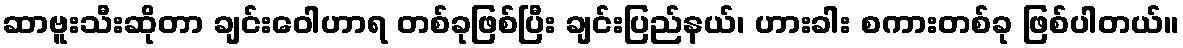
ဆာဗူးသီးဆိုတာ ချင်းဝေါဟာရ တစ်ခုဖြစ်ပြီး ချင်းပြည်နယ်၊ ဟားခါး စကားတစ်ခု ဖြစ်ပါတယ်။